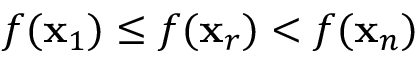
f ( \mathbf { x } _ { 1 } ) \leq f ( \mathbf { x } _ { r } ) < f ( \mathbf { x } _ { n } )